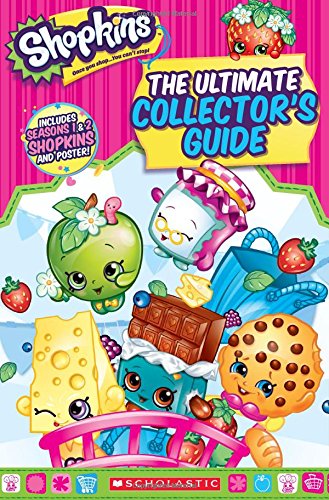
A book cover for Shopkins: The Ultimate Collector's Guide; Jenne Simon; Children's Books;